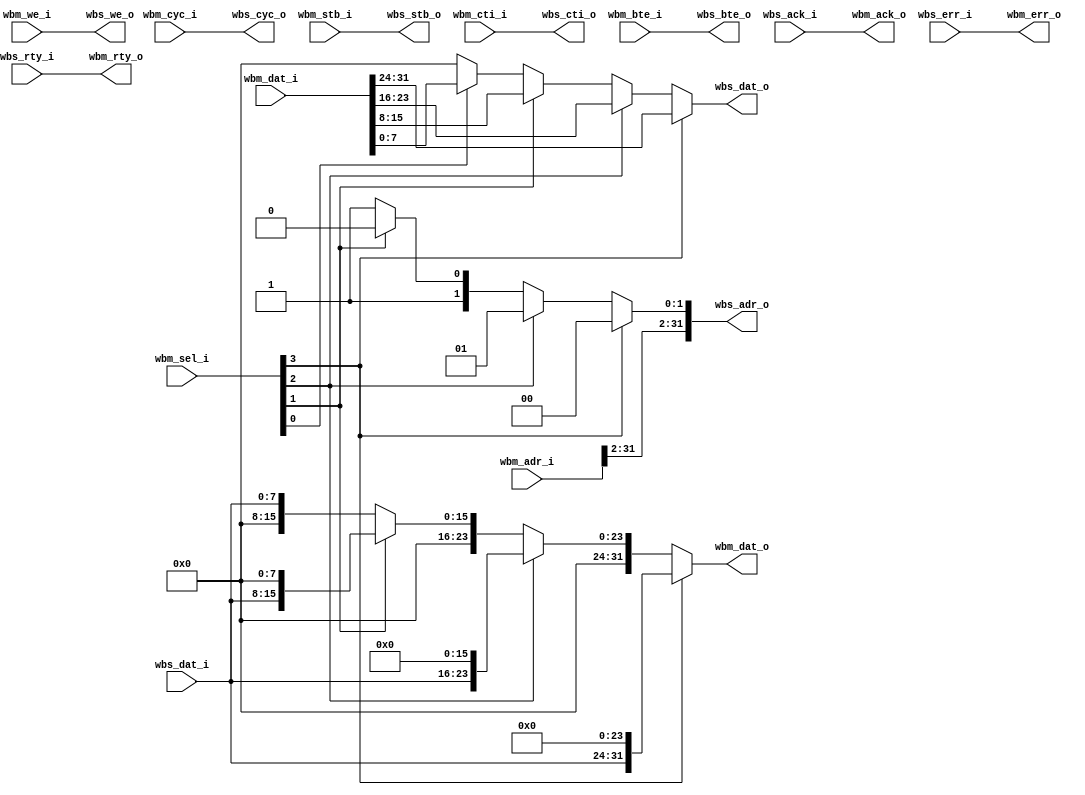
/* wb_data_resize. Part of wb_intercon
 *
 * ISC License
 *
 * Copyright (C) 2019  Olof Kindgren <olof.kindgren@gmail.com>
 *
 * Permission to use, copy, modify, and/or distribute this software for any
 * purpose with or without fee is hereby granted, provided that the above
 * copyright notice and this permission notice appear in all copies.
 *
 * THE SOFTWARE IS PROVIDED "AS IS" AND THE AUTHOR DISCLAIMS ALL WARRANTIES
 * WITH REGARD TO THIS SOFTWARE INCLUDING ALL IMPLIED WARRANTIES OF
 * MERCHANTABILITY AND FITNESS. IN NO EVENT SHALL THE AUTHOR BE LIABLE FOR
 * ANY SPECIAL, DIRECT, INDIRECT, OR CONSEQUENTIAL DAMAGES OR ANY DAMAGES
 * WHATSOEVER RESULTING FROM LOSS OF USE, DATA OR PROFITS, WHETHER IN AN
 * ACTION OF CONTRACT, NEGLIGENCE OR OTHER TORTIOUS ACTION, ARISING OUT OF
 * OR IN CONNECTION WITH THE USE OR PERFORMANCE OF THIS SOFTWARE.
 */
module wb_data_resize
  #(parameter aw  = 32, //Address width
    parameter mdw = 32, //Master Data Width
    parameter sdw = 8, //Slave Data Width
    parameter [47:0] endian = "big") // Endian for byte reads/writes
   (//Wishbone Master interface
    input   [aw-1:0]    wbm_adr_i,
    input   [mdw-1:0]   wbm_dat_i,
    input   [3:0]       wbm_sel_i,
    input               wbm_we_i,
    input               wbm_cyc_i,
    input               wbm_stb_i,
    input   [2:0]       wbm_cti_i,
    input   [1:0]       wbm_bte_i,
    output  [mdw-1:0]   wbm_dat_o,
    output              wbm_ack_o,
    output              wbm_err_o,
    output              wbm_rty_o,
    // Wishbone Slave interface
    output  [aw-1:0]    wbs_adr_o,
    output  [sdw-1:0]   wbs_dat_o,
    output              wbs_we_o,
    output              wbs_cyc_o,
    output              wbs_stb_o,
    output  [2:0]       wbs_cti_o,
    output  [1:0]       wbs_bte_o,
    input   [sdw-1:0]   wbs_dat_i,
    input               wbs_ack_i,
    input               wbs_err_i,
    input               wbs_rty_i);

   assign wbs_adr_o[aw-1:2] = wbm_adr_i[aw-1:2];

   generate if (endian == "little") begin : le_resize_gen
      assign wbs_adr_o[1:0] = wbm_sel_i[3] ? 2'd3 :
                              wbm_sel_i[2] ? 2'd2 :
                              wbm_sel_i[1] ? 2'd1 : 2'd0;
   end else begin : be_resize_gen
      assign wbs_adr_o[1:0] = wbm_sel_i[3] ? 2'd0 :
                              wbm_sel_i[2] ? 2'd1 :
                              wbm_sel_i[1] ? 2'd2 : 2'd3;
   end endgenerate

   assign wbs_dat_o = wbm_sel_i[3] ? wbm_dat_i[31:24] :
                      wbm_sel_i[2] ? wbm_dat_i[23:16] :
                      wbm_sel_i[1] ? wbm_dat_i[15:8]  :
                      wbm_sel_i[0] ? wbm_dat_i[7:0]   : 8'b0;

   assign wbs_we_o  = wbm_we_i;

   assign wbs_cyc_o = wbm_cyc_i;
   assign wbs_stb_o = wbm_stb_i;

   assign wbs_cti_o = wbm_cti_i;
   assign wbs_bte_o = wbm_bte_i;

   assign wbm_dat_o = (wbm_sel_i[3]) ? {wbs_dat_i, 24'd0} :
                      (wbm_sel_i[2]) ? {8'd0 , wbs_dat_i, 16'd0} :
                      (wbm_sel_i[1]) ? {16'd0, wbs_dat_i, 8'd0} :
                                       {24'd0, wbs_dat_i};
   assign wbm_ack_o = wbs_ack_i;
   assign wbm_err_o = wbs_err_i;
   assign wbm_rty_o = wbs_rty_i;

endmodule